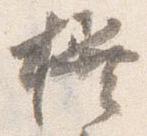
撰